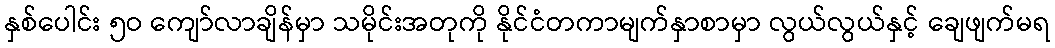
နှစ်ပေါင်း ၅ဝ ကျော်လာချိန်မှာ သမိုင်းအတုကို နိုင်ငံတကာမျက်နှာစာမှာ လွယ်လွယ်နှင့် ချေဖျက်မရ